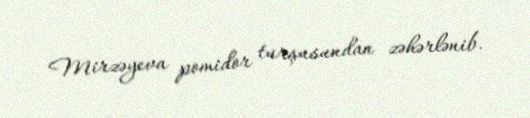
Mirzəyeva pomidor turşusundan zəhərlənib.